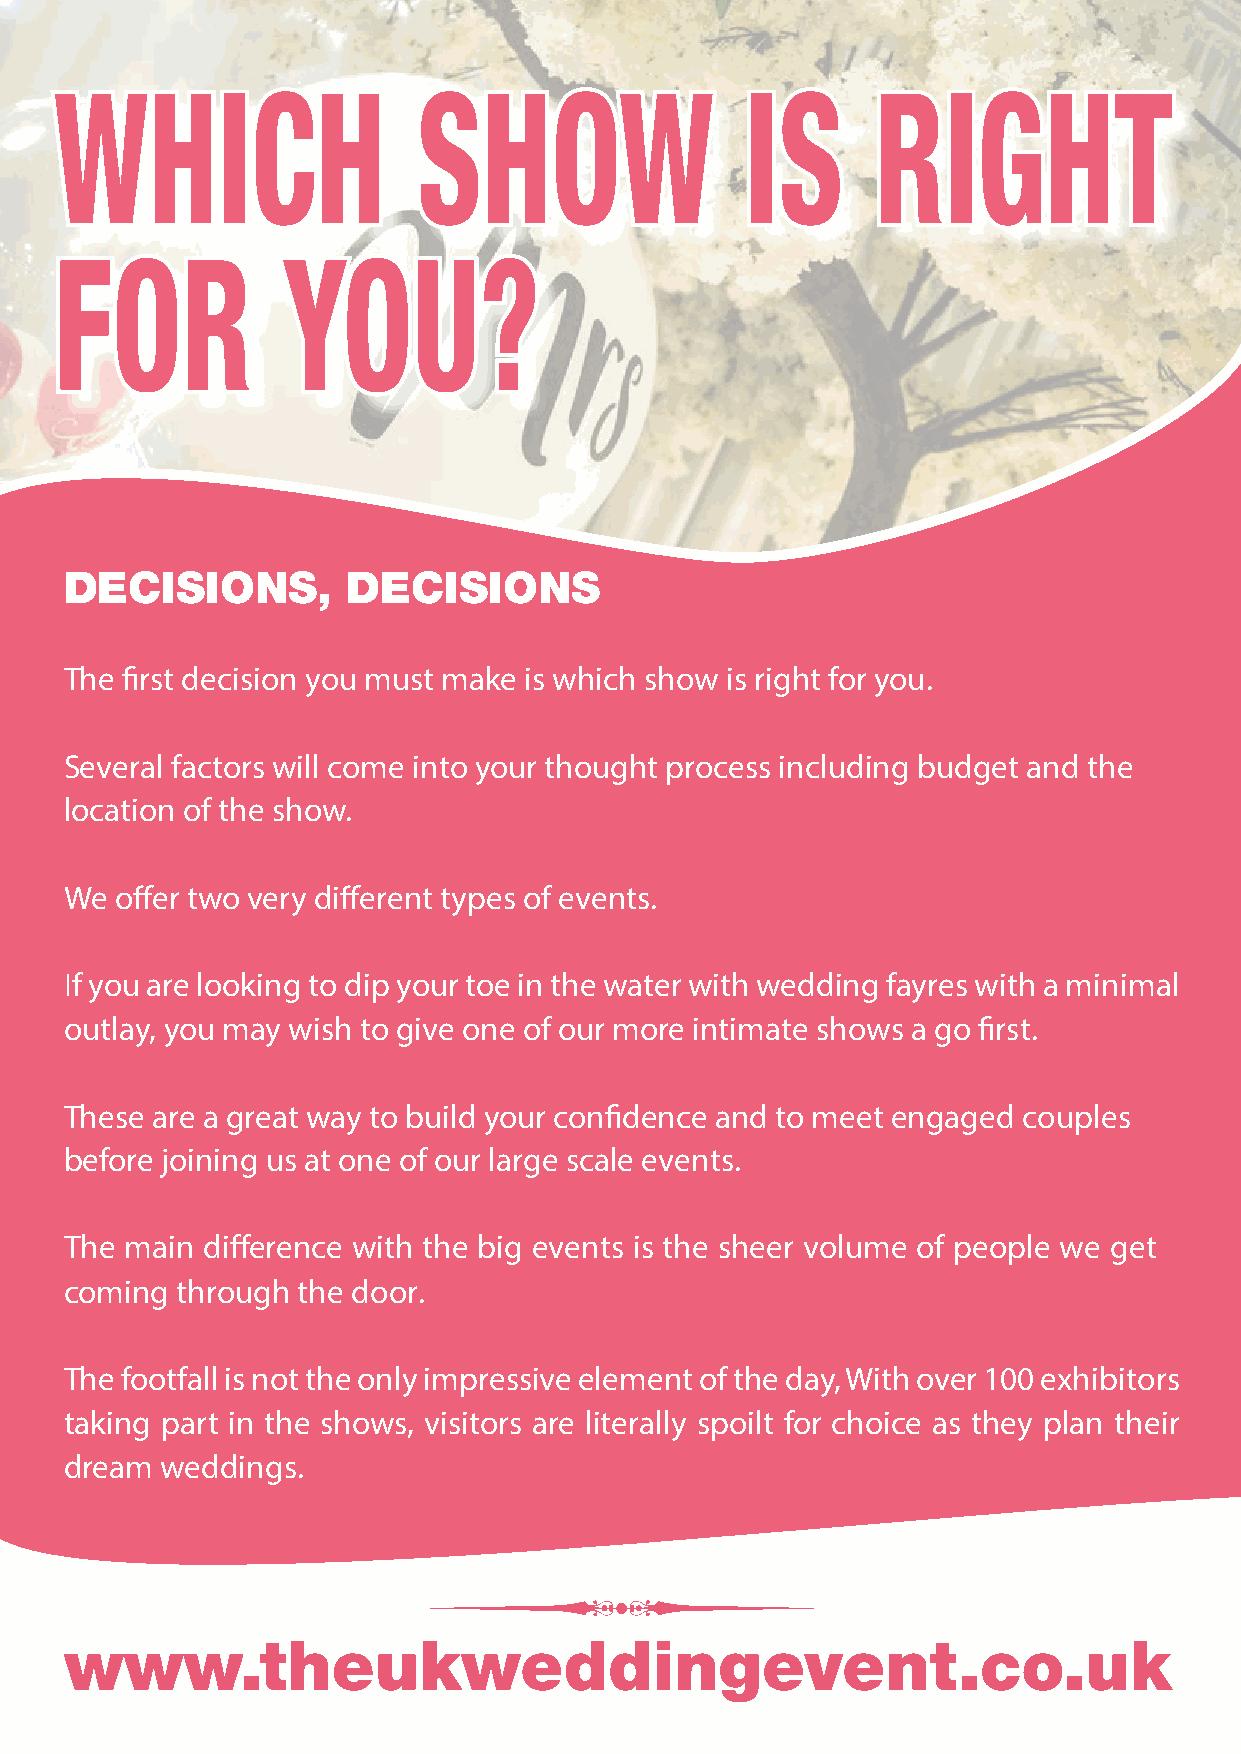
GGEETT IINNVVOOLLVVEEDD!!
 WHICH                   SHOW                 IS       RIGHT
 FOR            YOU?
 DECISIONS,         DECISIONS
 The first decision you must make is which show is right for you.
 BBIIGG OORR SSMMAALLLL WWEE HHAAVVEE TTHHEEMM AALLLL!!
 Several factors will come into your thought process including budget and the
 location of the show.
 We  offer two very different types of events.
 AABBOOUUTT OOUURR SSHHOOWWSS::
 If you are looking to dip your toe in the water with wedding fayres with a minimal
 FFrroomm bboouuttiiqquuee hhootteellss ttoo tthhee ggllaammoouurr ooff YYoorrkk RRaacceeccoouurrssee,, wwee pprroovviiddee aa ppllaattffoorrmm
 outlay, you may wish to give one of our more intimate shows a go first.
 ffoorr wweeddddiinngg ssuupppplliieerrss ttoo pprroommoottee tthheeiirr sseerrvviicceess ttoo eennggaaggeedd ccoouupplleess aatt ssoommee ooff
 tthhee bbeesstt vveennuueess iinn YYoorrkksshhiirree.. These are a great way to build your confidence and to meet engaged couples
 WWeeddddiinngg FFaayyrreess aarree aa ggrreeaatt wwaayy ttoo rreeaacchh oouutt ttoo tthhoouussaannddss ooff vviissiittoorrss aass wweellll aass before joining us at one of our large scale events.
 bbeeiinngg ggrreeaatt ffuunn ttoo ddoo..
 The main difference with the big events is the sheer volume of people we get
 BBuussiinneesssseess aarree aabbllee ttoo ffoorrggee rreellaattiioonnsshhiippss iinn ppeerrssoonn wwiitthh bbrriiddeess && ootthheerr ssuupppplliieerrss..
 coming  through the door.
 IIff yyoouu hhaavveenn’’tt aatttteennddeedd aa wweeddddiinngg ffaayyrree bbeeffoorree,, wwee wwoouulldd uurrggee yyoouu ttoo ggiivvee iitt aa
 ttrryy!! The footfall is not the only impressive element of the day, With over 100 exhibitors
 WWee ooffffeerr pplleennttyy ooff ooppttiioonnss ttoo ssuuiitt aallll bbuuddggeettss aanndd rreeqquuiirreemmeennttss wwhhiicchh yyoouu ccaann taking part in the shows, visitors are literally spoilt for choice as they plan their
 dream  weddings.
 rreeaadd aallll aabboouutt iinnssiiddee tthhiiss iinnffoorrmmaattiioonn ppaacckk..